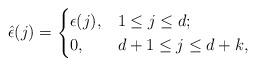
LaTeX: \begin{align*}\hat{\epsilon}(j)=\begin{cases}\epsilon(j), & 1\leq j\leq d;\\0, & d+1\leq j\leq d+k,\end{cases}\end{align*}